Vital statistics of India. Vol. VI, European troops 1870-79
Year: 1870
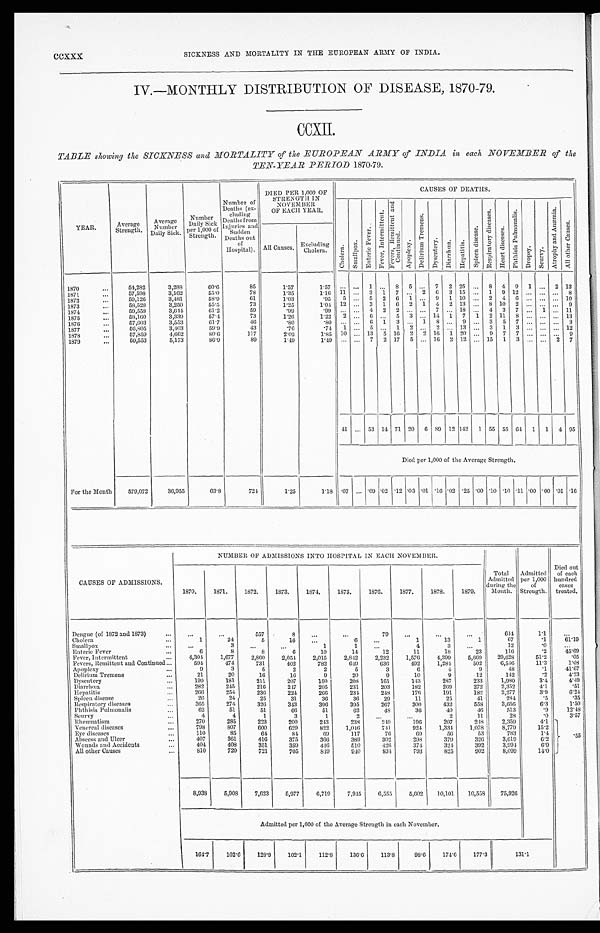
CCXXX
SICKNESS AND MORTALITY IN THE EUROPEAN ARMY OF INDIA.
IV.—MONTHLY DISTRIBUTION OF DISEASE, 1870-79.
CCXII.
TABLE showing the SICKNESS and MORTALITY of the EUROPEAN ARMY of INDIA in each, NOVEMBER of the
TEN-YEAR PERIOD 1870-79.
YEAR.
Average
Strength.
Average
Number D a i l y S i c k .
Number
D a i l y S i c k p e r 1 , 0 0 0 o f
Strength.
Number of
Deaths (ex
cluding
Deaths from
Injuries and
Sudden
Deaths out
of
Hospital).
DIED PER 1,000 OF
STRENGTH IN
N O V E M B E R
OF EACH YEAR.
CAUSES OF DEATHS
C h o l e r a .
S m a l l p o x .
E n t e r i c F e v e r .
F e v e r , R e m i t t e n t a n d C o n t i n u e d .
A p o p l e x y .
D e l i r i u m T r e m e n s .
D y s e n t e r y .
D i a r r h æ a .
Hepat i t i s.
S p l e e n d i s e a s e .
R e s p i r a t o r y d i s e a s e s .
H e a r t d i s e a s e s .
P h t h i s i s P u l m o n a l i s .
D r o p s y .
S c u r v y .
A t r o p h y a n d A n æ m i a .
A l l o t h e r C a u s e s .
All Causes.
Excluding
Cholera.
_
1870
54,282
3,288
60.6
85
1.57
1.57
. . . ...
1 ...
8 5 ...
7
2 25 ...
8 4 9
1
. . .
2 13
1871
57,598
3,162
55.0
78
1.35
1.16 11 ...
3
1
7 ...
2
6
3 15 ...
1
9 12 ... ... ...
8
1872
59,126
3,481
58.9
61
1.03
.95
5 ...
5
2
6
1 ...
9
1 10 ...
2
4
6 ... ... ... 10
1873
58,528
3,250
55.5
73
1.25
1.04 12 ...
3
1
6
2
1
4
2 13 ...
8 10
2 ... ... ...
9
1874
59,558
3,644
6 1 . 2
59
. 9 9
.99 ... ...
4
2
2 ... ...
7 ... 18 ...
4 3
7 ...
1 ... 11
1875
58,160
3,339
57.4
73
1 . 2 6
1.22
2 ...
6 ...
5
3 ... 14
1
7
1
2 11
8 ... ...
. . . 13
1876
57,603
3,553
61.7
46
.80
.80
. . .
. . . 6
1
3 ...
1
8 ...
9 ...
3
5
7 ... ...
...
3
1877
56,805
3 , 4 0 3
5 9 . 9
43
.76
.74
1
. . . 5 ...
1
2 ...
2
. . . 13 ...
3
1
3 ... ... ... 12
1878
57,859
4,662
80.6
117
2.02
1 . 8 5 10 ... 13
5
16
2
2
1 6
1 20
. . . 9 7
7 ...
. . .
. . . 9
1879
For the Month
59,533
5,173
86.9
89
1.49
1.49
. . . ...
7
2 17
5 ... 16
2
12
...
15
1
3 ... ...
2
7
41
...
53 14 71 20
6 89 12
142 55 55 61
1
1
4
9 5
Died per 1,000 of the Average Strength.
579,072
36,955
63.8
724
1.25
1.18 .07 ... .09
_
.02 .12 .03
. 0 1 .16 .02 .25 .00 .10 .10 .11 .00 .00 .01 .16
CAUSES OF ADMISSIONS.
NUMBER OF ADMISSIONS INTO HOSPITAL IN EACH NOVEMBER.
Total
Admitted
during the
Month.
Admitted
per 1,000
of
Strength.
Died out
of each
hundred
cases
treated.
1870.
1871.
1872.
1873.
1874.
1875.
1876.
1877.
1878.
1879.
Dengue (of 1872 and 1873)
...
...
557
8
. . .
. . .
79
. . .
. . .
. . .
644
1.1
. . .
C h o l e r a
1
24
5
16
...
6
. . .
1
13
•••
1
67
. 1
61.19
Smallpox
...
3
...
. . .
1
1
...
4
3
. . .
12
.0
. . .
Enteric Fever
6
8
8
6
10
14
12
11
18
23
116
.2
45.69
Fever, Intermittent
4,304
1,677
2,860
2,054
2 , 0 1 5
2 , 8 4 2
2 , 2 3 2
1 , 5 7 6
4 , 3 9 9
5 , 6 6 9
2 9 , 6 2 8
5 1 . 2
. 0 5
Fevers, Remittent and Continued
594
474
731
402
782
6 4 9
636
492
1 , 2 8 4
5 0 2
6 , 5 4 6
11.3
1 . 0 8
Apoplexy
9
3
5
2
2
5
3
6
4
9
48
.1
41.67
Delirium Tremens
21
20
16
16
9
20
9
10
9
12
142
.2
4.23
Dysentery
199
181
211
207
150
208
161
143
287
233
1,980
3 . 4
4 . 4 9
D i a r r h œ a
282
245
216
247
205
231
203
182
269
272
2,352
4.1
.51
Hepatitis
266
254
236
224
266
234
248
1 7 6
191
182
2,277
3.9
6.24
Spleen disease
2 6
24
25
31
36
36
29
11
25
41
284
.5
.35
Respiratory diseases
365
274
326
343
396
395
2 6 7
3 0 0
4 3 2
5 5 8
3 , 6 5 6
6 . 3
1 . 5 0
Phthisis Pulmonalis
62
51
51
66
51
6 2
4 8
3 6
4 0
4 6
5 1 3
. 9
1 2 . 4 8
Scurvy
4
4
1
3
1
2
. . .
. . .
2
11
2 8
. 0
3.57
Rheumatism
270
285
223
200
243
238
2 4 9
1 9 6
207
248
2,359
4.1
. 5 5
Venereal diseases
798
807
600
629
822
1,046
741
9 2 4
1 , 3 3 4
1,078
8,779
15.2
Eye diseases
110
85
64
84
69
117
76
69
56
53
783
1.4
Abscess and Ulcer
407
361
416
375
366
389
302
298
379
326
3,619
6.2
Wounds and Accidents
404
408
351
359
446
510
426
3 7 4
324
392
3 , 9 9 4
6.9
All other Causes
810
720
721
705
849
940
834
793
825
902
8,099
14.0
8,933
5,908
7,623
5,977
6,719
7,945
6,555
5,602
10,101
10,558
75,926
Admitted per 1,000 of the Average Strength in each November.
164.7
102.6
128.9
102.1
112.8
136.6
113.3
98.6
174.6
177.3
131.1